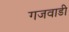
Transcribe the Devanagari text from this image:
गजवाडी